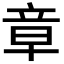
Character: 章